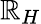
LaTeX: \mathbb{R}_{H}